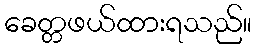
ခေတ္တဖယ်ထားရသည်။